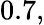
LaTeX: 0.7,